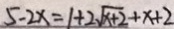
5 - 2 x = 1 + 2 \sqrt { x + 2 } + x + 2